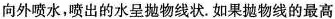
向外喷水，喷出的水呈抛物线状。如果抛物线的最高